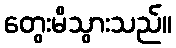
တွေးမိသွားသည်။